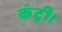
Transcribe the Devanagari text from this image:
कंट्री।